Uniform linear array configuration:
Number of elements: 48
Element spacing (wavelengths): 0.75
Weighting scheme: blackman
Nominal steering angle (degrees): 30
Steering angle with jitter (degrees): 28.686
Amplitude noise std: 0.05
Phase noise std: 0.05

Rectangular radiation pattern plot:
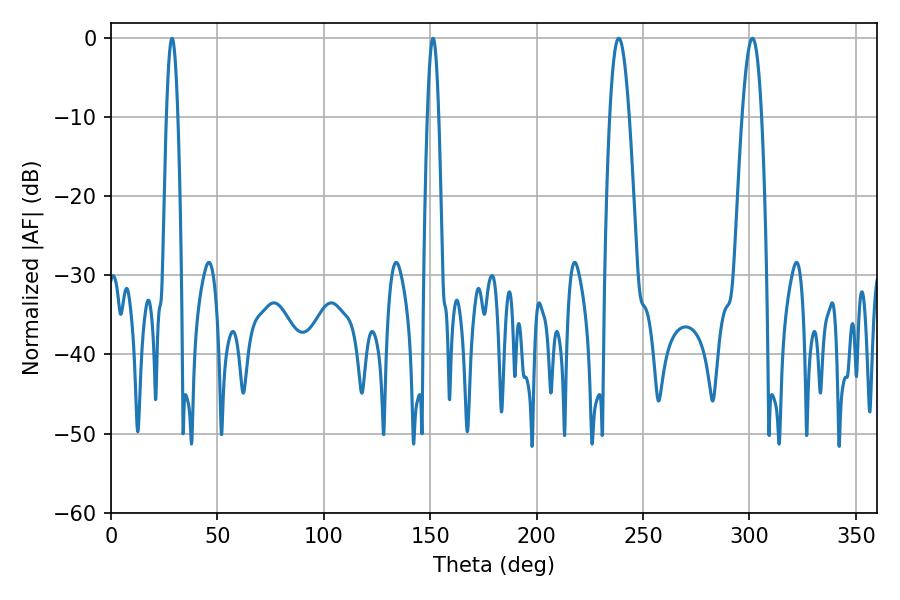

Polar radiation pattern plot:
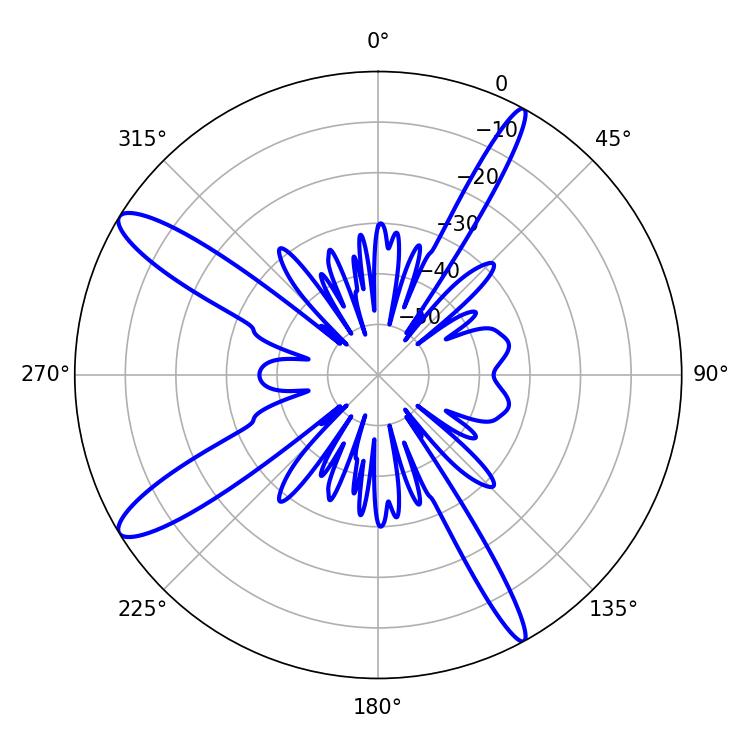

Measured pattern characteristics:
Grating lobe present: TRUE
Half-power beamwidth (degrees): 5.04
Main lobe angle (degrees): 238.5